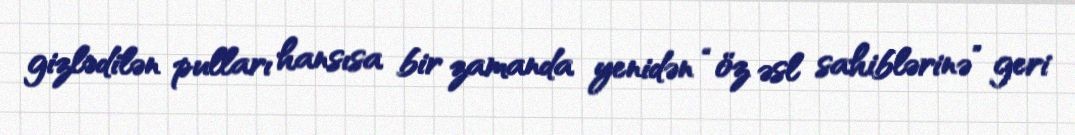
gizlədilən pulları hansısa bir zamanda yenidən “öz əsl sahiblərinə” geri